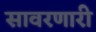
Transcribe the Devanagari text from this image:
सावरणारी